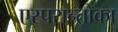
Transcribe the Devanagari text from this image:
एस्परान्तोका